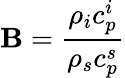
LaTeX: \mathbf{B}=\displaystyle\frac{{\rho_{i}c_{p}^{i}}}{{\rho_{s}c_{p}^{s}}}